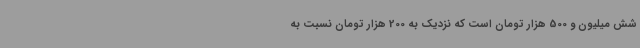
شش میلیون و 500 هزار تومان است که نزدیک به 200 هزار تومان نسبت به